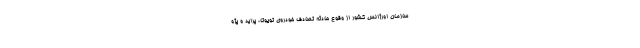
سازمان اورژانس کشور از وقوع حادثه تصادف خودروی تویوتا، پراید و پژو